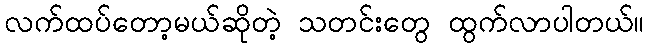
လက်ထပ်တော့မယ်ဆိုတဲ့ သတင်းတွေ ထွက်လာပါတယ်။